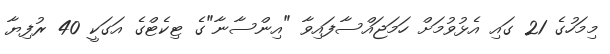
މިމަހުގެ 21 ގައި އެޅުވުމަށް ހަމަޖައްސާފައިވާ "އިންސާނާ"ގެ ޓިކެޓްގެ އަގަކީ 40 ރުފިޔާ